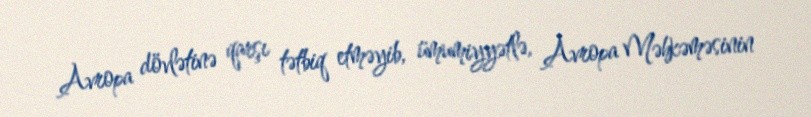
Avropa dövlətinə qarşı tətbiq etməyib, ümumiyyətlə, Avropa Məhkəməsinin